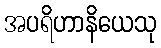
အပရိဟာနိယေသု